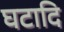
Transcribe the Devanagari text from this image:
घटादि